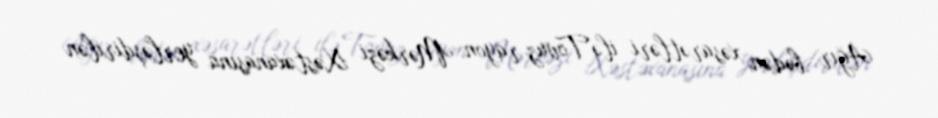
Ağır bədən xəsarətləri ilə Tovuz rayon Mərkəzi Xəstəxanasına yerləşdirilən